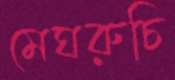
মেঘরুচি